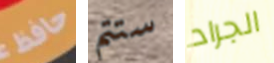
حافظ ستتم الجراد